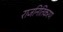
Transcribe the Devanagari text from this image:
राजनितिकरण